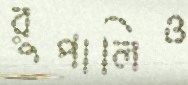
রুপালিও